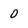
Character: 0